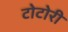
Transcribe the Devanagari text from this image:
टोटोरी